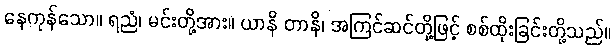
နေကုန်သော။ ရညံ၊ မင်းတို့အား။ ယာနိ တာနိ၊ အကြင်ဆင်တို့ဖြင့် စစ်ထိုးခြင်းတို့သည်။